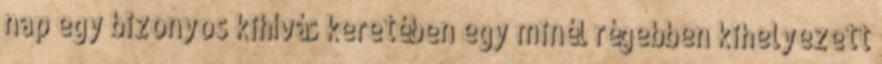
nap egy bizonyos kihívás keretében egy minél régebben kihelyezett